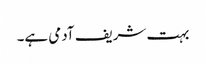
بہت شریف آدمی ہے۔